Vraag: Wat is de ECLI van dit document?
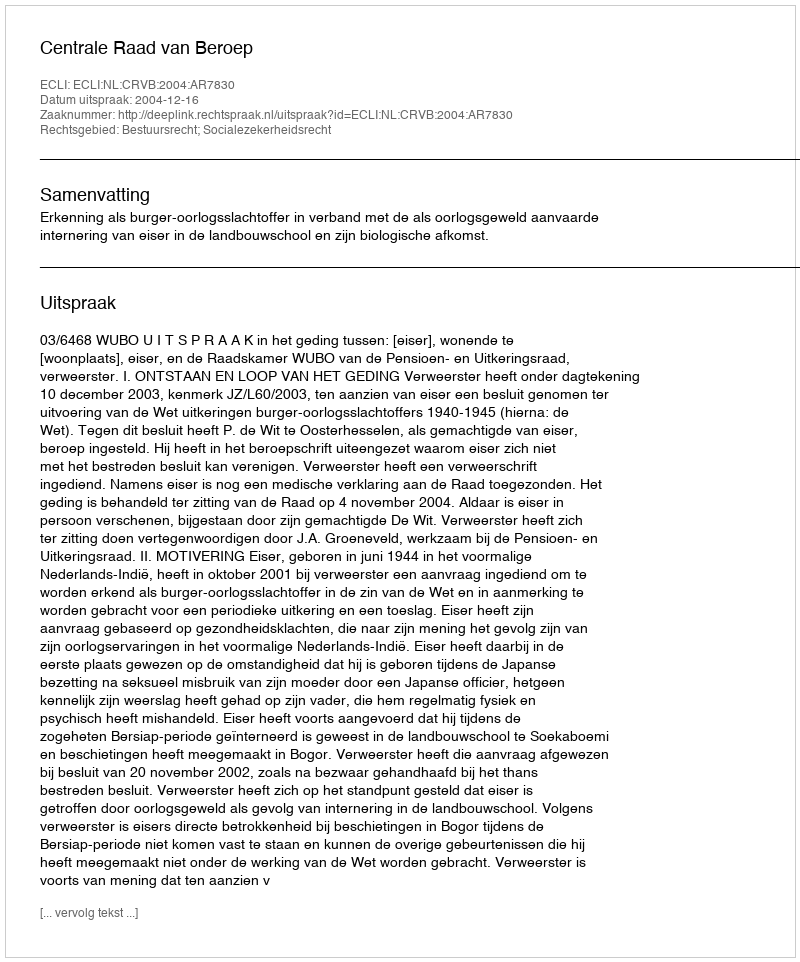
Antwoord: ECLI:NL:CRVB:2004:AR7830